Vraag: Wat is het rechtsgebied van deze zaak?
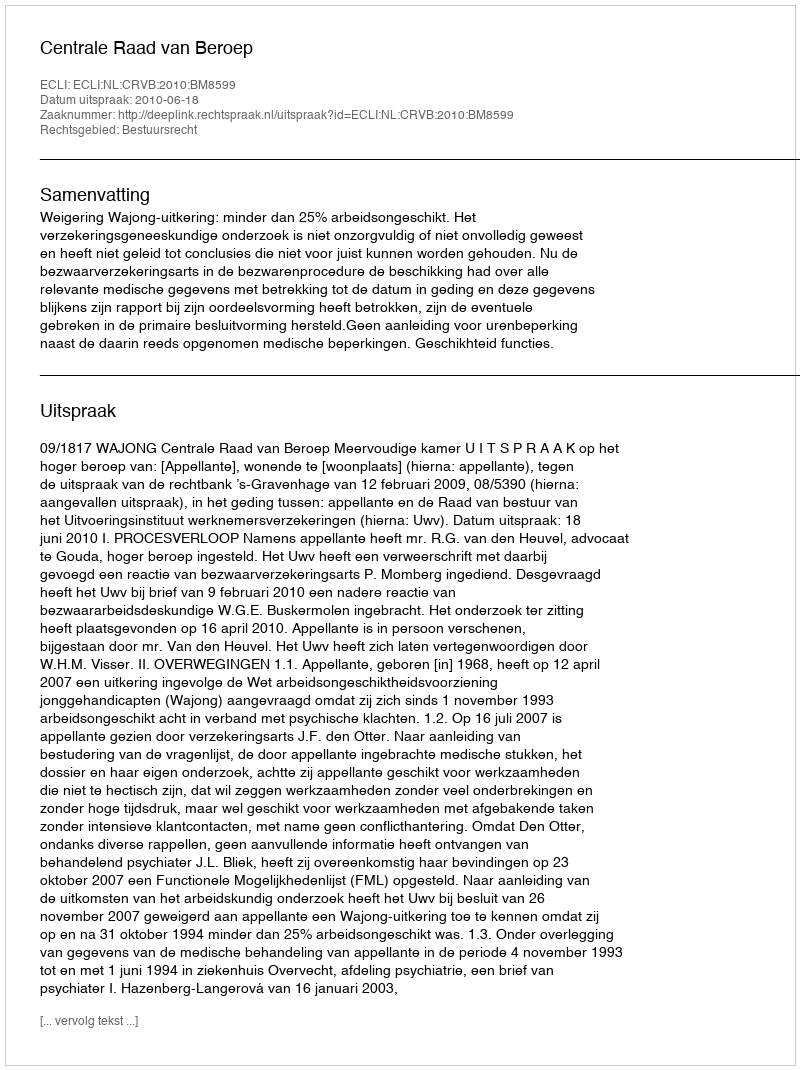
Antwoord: Bestuursrecht